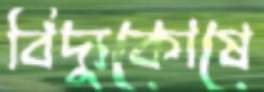
বিদ্যুকোষে